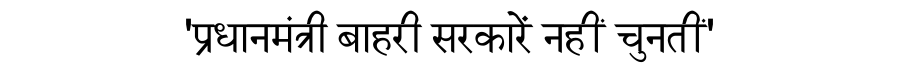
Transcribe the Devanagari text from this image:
'प्रधानमंत्री बाहरी सरकारें नहीं चुनतीं'